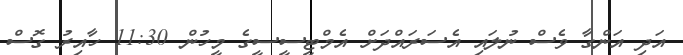
އަދި އަންގާ ވެސް ނުލައި އެސަރައްދަށް އެމްޓީސީސީގެ މީހުން 11:30 ހާއިރު ގޮސް